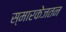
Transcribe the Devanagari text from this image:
स्मारकेजतन